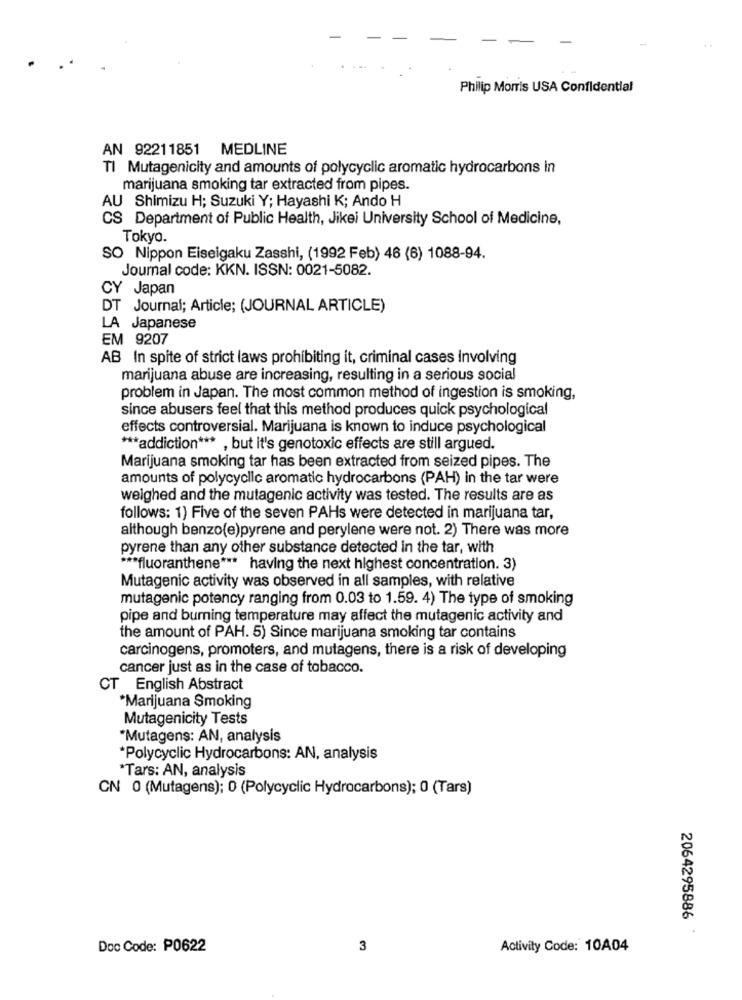
Philip Morris USA Confidential
AN 92211851 MEDLINE
TI Mutagenicity and amounts of polycyclic aromatic hydrocarbons in
marijuana smoking tar extracted from pipes.
AU Shimizu H; Suzuki Y; Hayashi K; Ando H
CS Department of Public Health, Jikei University School of Medicine,
Tokyo.
SO Nippon Eiseigaku Zasshi, (1992 Feb) 46 (6) 1088-94.
Journal code: KKN. ISSN: 0021-5082.
CY Japan
DT Journal; Article; (JOURNAL ARTICLE)
LA Japanese
EM 9207
AB In spite of strict laws prohibiting it, criminal cases Involving
marijuana abuse are increasing, resulting in a serious social
problem in Japan. The most common method of ingestion is smoking,
since abusers feel that this method produces quick psychological
effects controversial. Marijuana is known to induce psychological
*** addiction *** , but it's genotoxic effects are still argued.
Marijuana smoking tar has been extracted from seized pipes. The
amounts of polycyclic aromatic hydrocarbons (PAH) in the tar were
weighed and the mutagenic activity was tested. The results are as
follows: 1) Five of the seven PAHs were detected in marijuana tar,
although benzo(e)pyrene and perylene were not. 2) There was more
pyrene than any other substance detected in the tar, with
*** fluoranthene *** having the next highest concentration. 3)
Mutagenic activity was observed in all samples, with relative
mutagenic potency ranging from 0.03 to 1.59. 4) The type of smoking
pipe and burning temperature may affect the mutagenic activity and
the amount of PAH. 5) Since marijuana smoking tar contains
carcinogens, promoters, and mutagens, there is a risk of developing
cancer just as in the case of tobacco.
CT English Abstract
*Marijuana Smoking
Mutagenicity Tests
"Mutagens: AN, analysis
*Polycyclic Hydrocarbons: AN, analysis
*Tars: AN, analysis
CN 0 (Mutagens); 0 (Polycyclic Hydrocarbons); 0 (Tars)
2064295886
Doc Code: P0622
3
Activity Code: 10A04